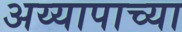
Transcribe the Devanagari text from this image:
अय्यापाच्या